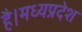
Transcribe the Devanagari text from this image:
है।मध्यप्रदेश